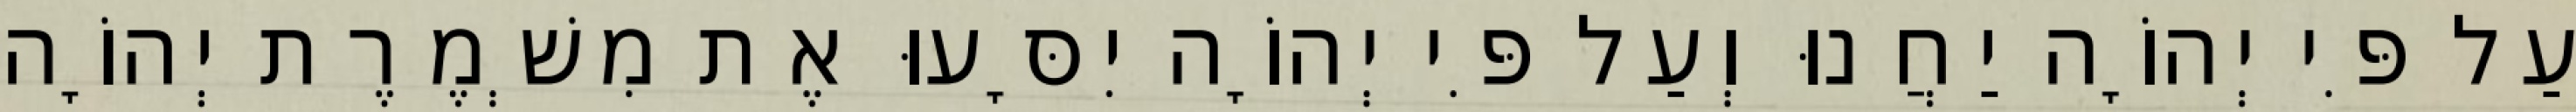
עַל פִּי יְהוָֹה יַחֲנוּ וְעַל פִּי יְהוָֹה יִסָּעוּ אֶת מִשְׁמֶרֶת יְהוָֹה